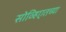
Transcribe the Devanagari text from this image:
सोव्हिएतच्या